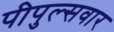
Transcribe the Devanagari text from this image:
पीपुल्सवार